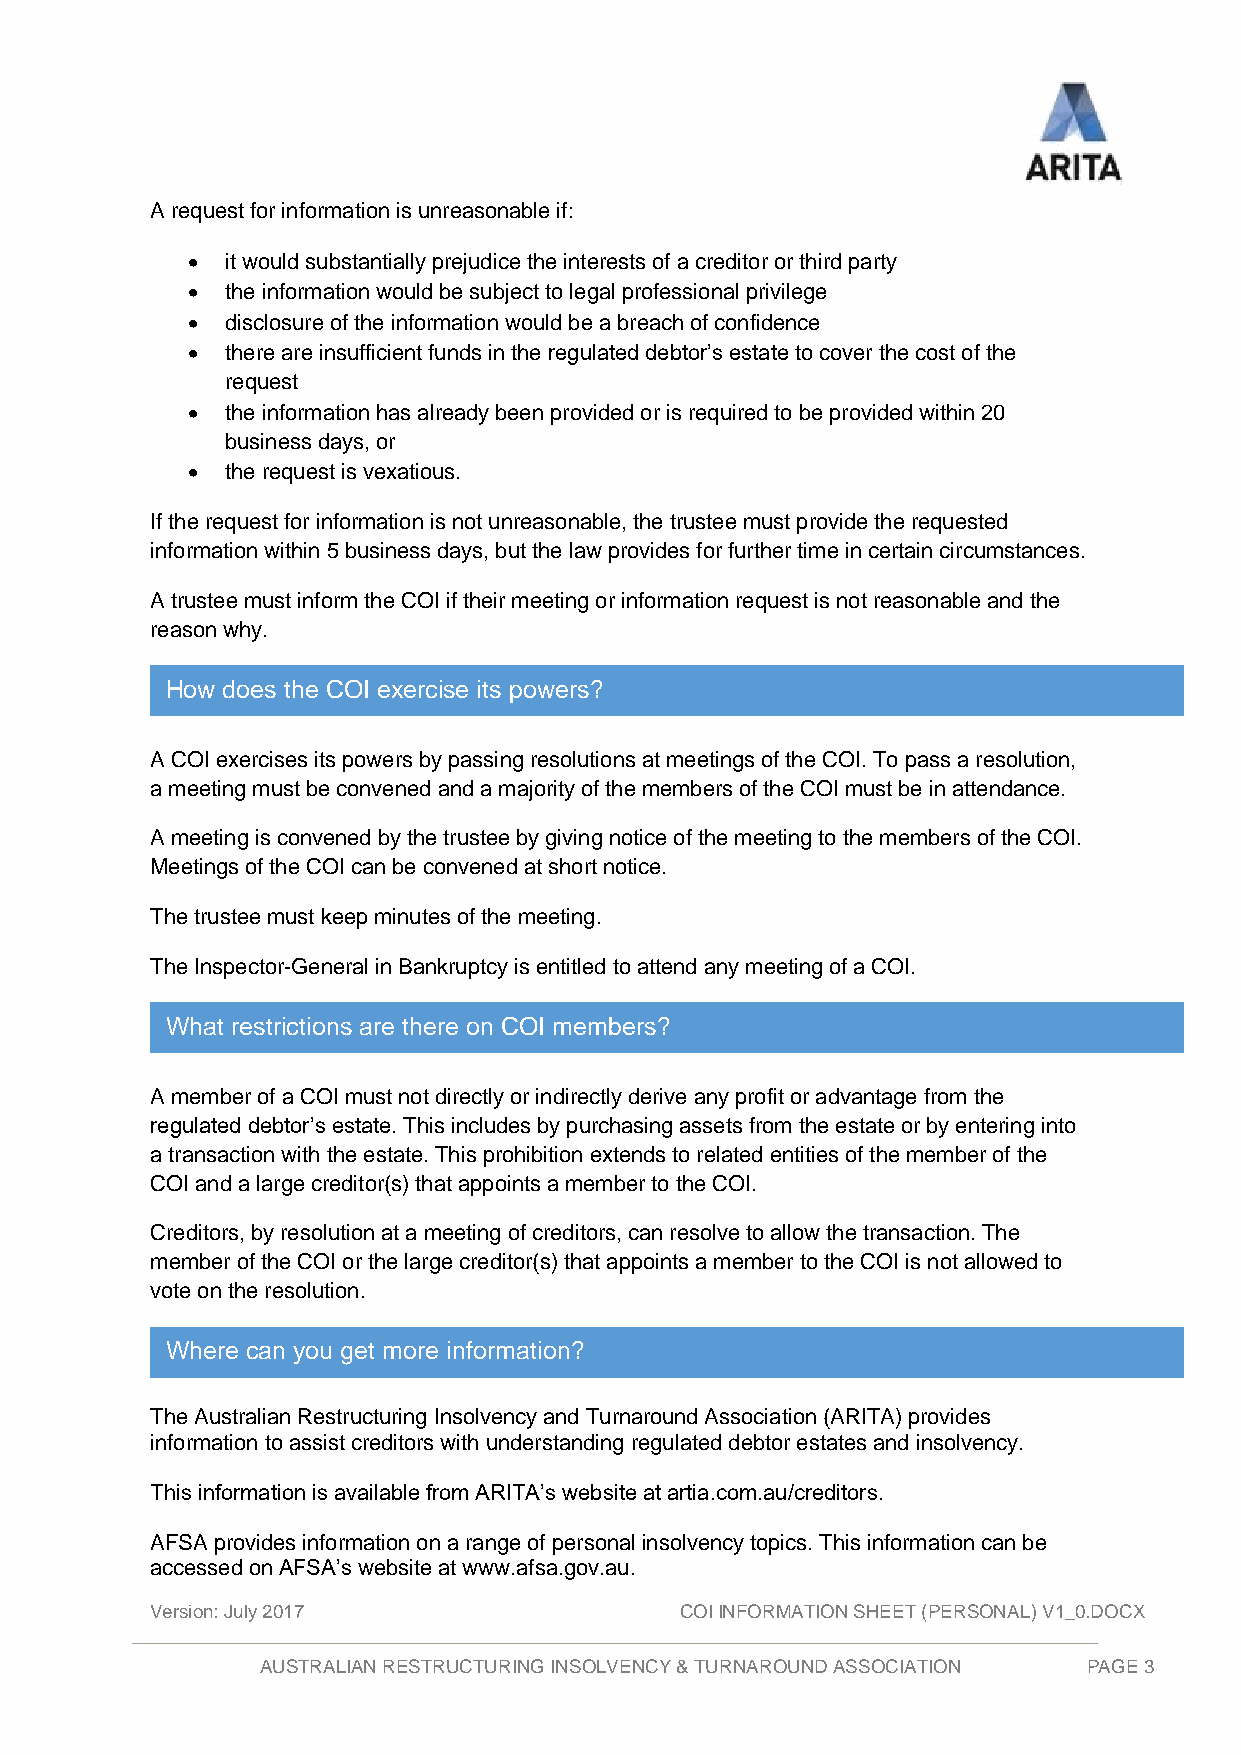
A request for information is unreasonable if:
 •  it would substantially prejudice the interests of a creditor or third party
 •  the information would be subject to legal professional privilege
 •  disclosure of the information would be a breach of confidence
 •  there are insufficient funds in the regulated debtor’s estate to cover the cost of the
 request
 •  the information has already been provided or is required to be provided within 20
 business days, or
 •  the request is vexatious.
 If the request for information is not unreasonable, the trustee must provide the requested
 information within 5 business days, but the law provides for further time in certain circumstances.
 A trustee must inform the COI if their meeting or information request is not reasonable and the
 reason why.
 How does the COI exercise its powers?
 A COI exercises its powers by passing resolutions at meetings of the COI. To pass a resolution,
 a meeting must be convened and a majority of the members of the COI must be in attendance.
 A meeting is convened by the trustee by giving notice of the meeting to the members of the COI.
 Meetings of the COI can be convened at short notice.
 The trustee must keep minutes of the meeting.
 The Inspector-General in Bankruptcy is entitled to attend any meeting of a COI.
 What restrictions are there on COI members?
 A member of a COI must not directly or indirectly derive any profit or advantage from the
 regulated debtor’s estate. This includes by purchasing assets from the estate or by entering into
 a transaction with the estate. This prohibition extends to related entities of the member of the
 COI and a large creditor(s) that appoints a member to the COI.
 Creditors, by resolution at a meeting of creditors, can resolve to allow the transaction. The
 member of the COI or the large creditor(s) that appoints a member to the COI is not allowed to
 vote on the resolution.
 Where can you get more information?
 Where can you get more information?
 The Australian Restructuring Insolvency and Turnaround Association (ARITA) provides
 information to assist creditors with understanding regulated debtor estates and insolvency.
 This information is available from ARITA’s website at artia.com.au/creditors.
 AFSA provides information on a range of personal insolvency topics. This information can be
 accessed on AFSA’s website at www.afsa.gov.au.
 Version: July 2017                 COI INFORMATION SHEET (PERSONAL) V1_0.DOCX
 AUSTRALIAN RESTRUCTURING INSOLVENCY & TURNAROUND ASSOCIATION PAGE 3